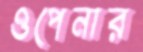
ওপেনার